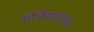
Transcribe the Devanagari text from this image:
प्रोजेसटोजन